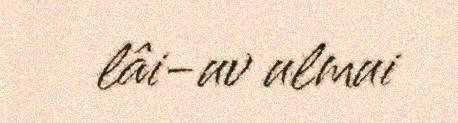
lâi-uv ulmui